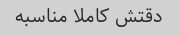
دقتش کاملا مناسبه